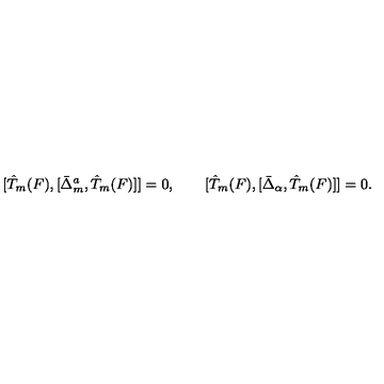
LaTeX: [ \hat { T } _ { m } ( F ) , [ \bar { \Delta } _ { m } ^ { a } , \hat { T } _ { m } ( F ) ] ] = 0 , \qquad [ \hat { T } _ { m } ( F ) , [ \bar { \Delta } _ { \alpha } , \hat { T } _ { m } ( F ) ] ] = 0 .